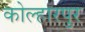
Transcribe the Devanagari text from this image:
कोल्हारपुर